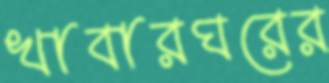
খাবারঘরের